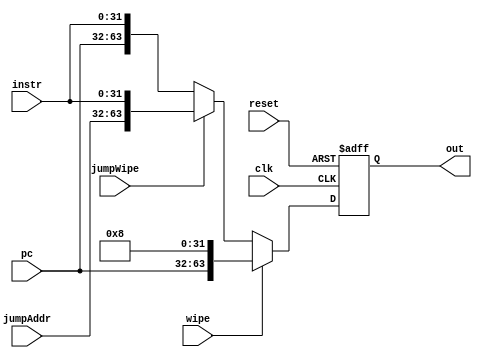
module FReg(
	input [31:0]instr,
	input [31:0]pc,
	input clk,
	input wipe,
	input jumpWipe,
	input reset, 
	input [31:0]jumpAddr,
	output reg [63:0]out);

	always @(negedge clk or posedge reset) begin
		if(reset) begin
			out<={32'd0, 32'h00000008};//add $0, $0, $0
		end
		else if(wipe==1) begin
			out<={pc, 32'h00000008};//add $0, $0, $0
		end
		else if(jumpWipe==1) begin
			out<={jumpAddr, instr};
		end
		else begin
			out<={pc, instr};
		end		
	end

endmodule